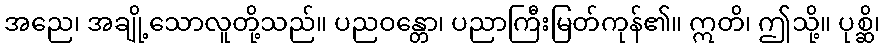
အညေ၊ အချို့သောလူတို့သည်။ ပညဝန္တော၊ ပညာကြီးမြတ်ကုန်၏။ ဣတိ၊ ဤသို့။ ပုစ္ဆိ၊